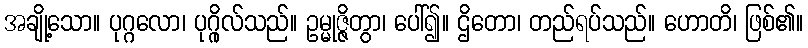
အချို့သော။ ပုဂ္ဂလော၊ ပုဂ္ဂိုလ်သည်။ ဥမ္မုဇ္ဇိတွာ၊ ပေါ်၍။ ဌိတော၊ တည်ရပ်သည်။ ဟောတိ၊ ဖြစ်၏။